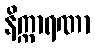
နိက္ကာရဏာ